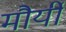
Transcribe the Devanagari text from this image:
मौर्यी